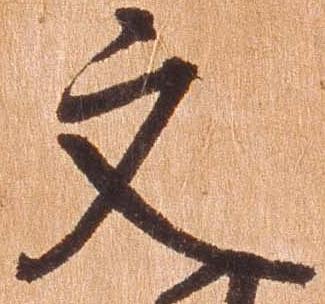
文